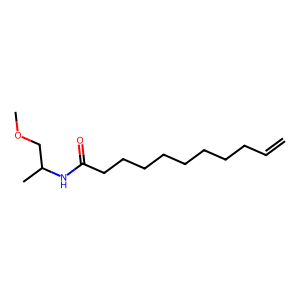
SMILES: C=CCCCCCCCCC(=O)NC(C)COC
Inhibits HIV replication: No